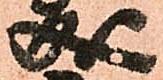
成